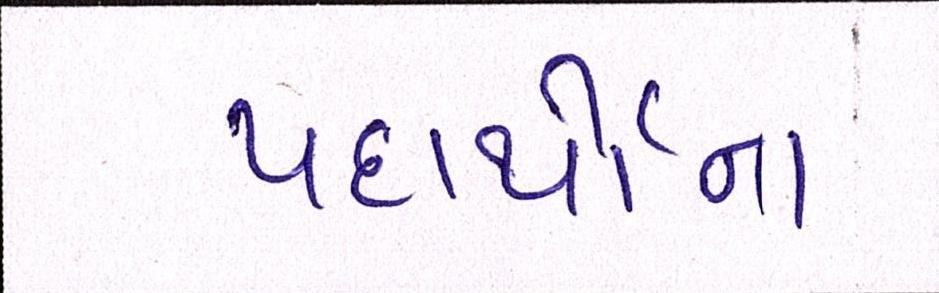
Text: પદાર્થોના